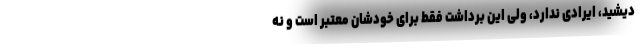
دیشید، ایرادی ندارد، ولی این برداشت فقط برای خودشان معتبر است و نه